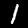
Digit: 1